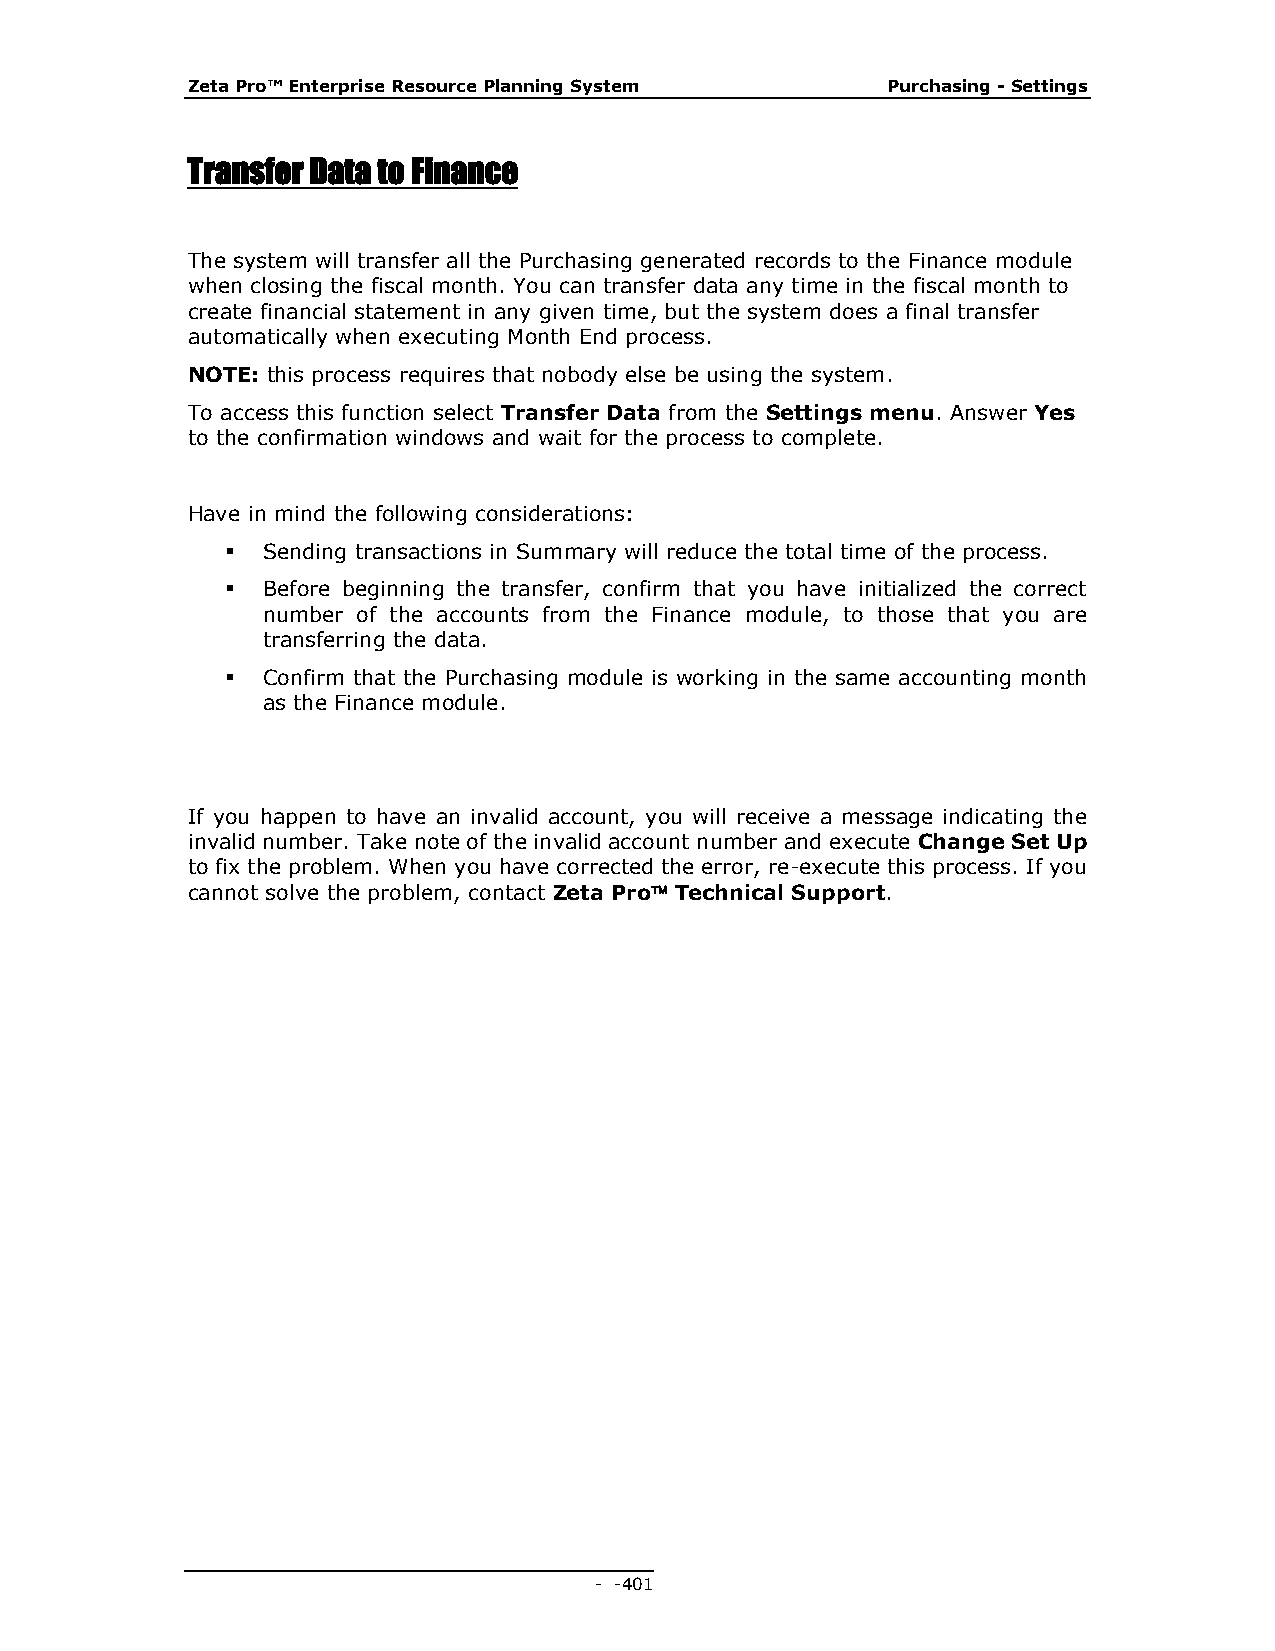
Zeta Pro™ Enterprise Resource Planning System  Purchasing - Settings
 Transfer Data to Finance
 The system will transfer all the Purchasing generated records to the Finance module
 when closing the fiscal month. You can transfer data any time in the fiscal month to
 create financial statement in any given time, but the system does a final transfer
 automatically when executing Month End process.
 NOTE: this process requires that nobody else be using the system.
 To access this function select Transfer Data from the Settings menu. Answer Yes
 to the confirmation windows and wait for the process to complete.
 Have in mind the following considerations:
  Sending transactions in Summary will reduce the total time of the process.
  Before beginning the transfer, confirm that you have initialized the correct
 number of the accounts from the Finance module, to those that you are
 transferring the data.
  Confirm that the Purchasing module is working in the same accounting month
 as the Finance module.
 If you happen to have an invalid account, you will receive a message indicating the
 invalid number. Take note of the invalid account number and execute Change Set Up
 to fix the problem. When you have corrected the error, re-execute this process. If you
 cannot solve the problem, contact Zeta Pro Technical Support.
 - - 401